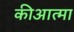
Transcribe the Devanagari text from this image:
कीआत्मा